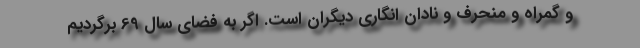
و گمراه و منحرف و نادان انگاری دیگران است. اگر به فضای سال 69 برگردیم